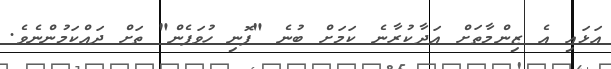
އަޅައި އެ ޒިންމާތަށް އަދާކުރާނެ ކަމަށް ބުނެ "ފޮނި ހުވަފެން" ތަށް ދައްކަމުންނެވެ.